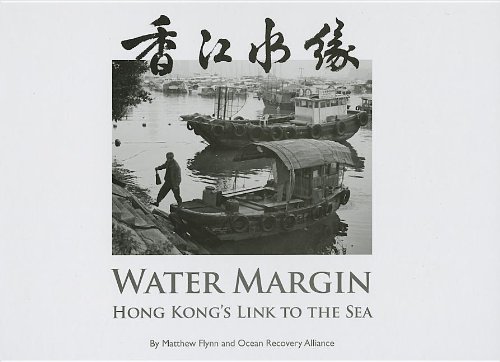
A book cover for Water Margin: Hong Kong's Link to the Sea; Matthew Flynn; History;